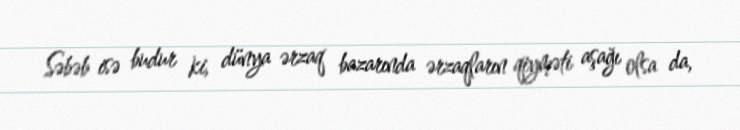
Səbəb isə budur ki, dünya ərzaq bazarında ərzaqların qiyməti aşağı olsa da,